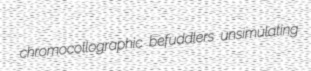
chromocollographic befuddlers unsimulating